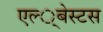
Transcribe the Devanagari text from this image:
एल्‍्बेस्टस